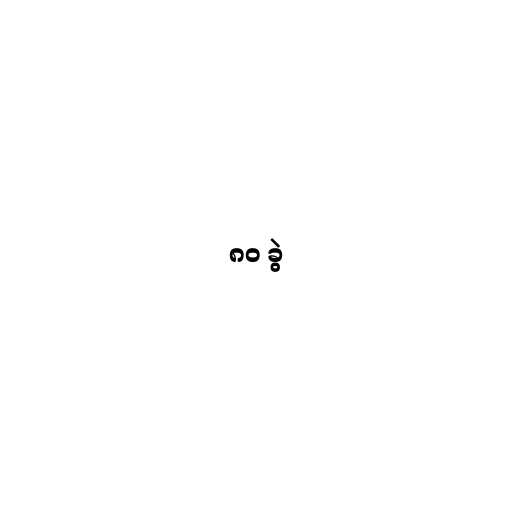
၈၀ ခွဲ